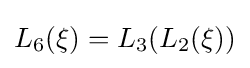
L_{6}(\xi )=L_{3}(L_{2}(\xi ))